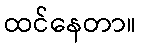
ထင်နေတာ။